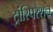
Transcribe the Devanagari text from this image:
ट्रांस्पिरेशन